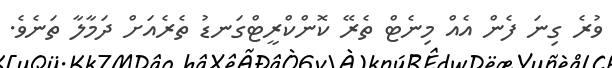
ވުރެ ގިނަ ފެން އެއް މިނެޓް ތެރޭ ކޮންކްރީޓްގަނޑު ތެރެއަށް ދަމާލާ ތަނެވެ.